65_HS1-834228961_62-HQ-83894_Section_3
Agency: FBI
Page 175
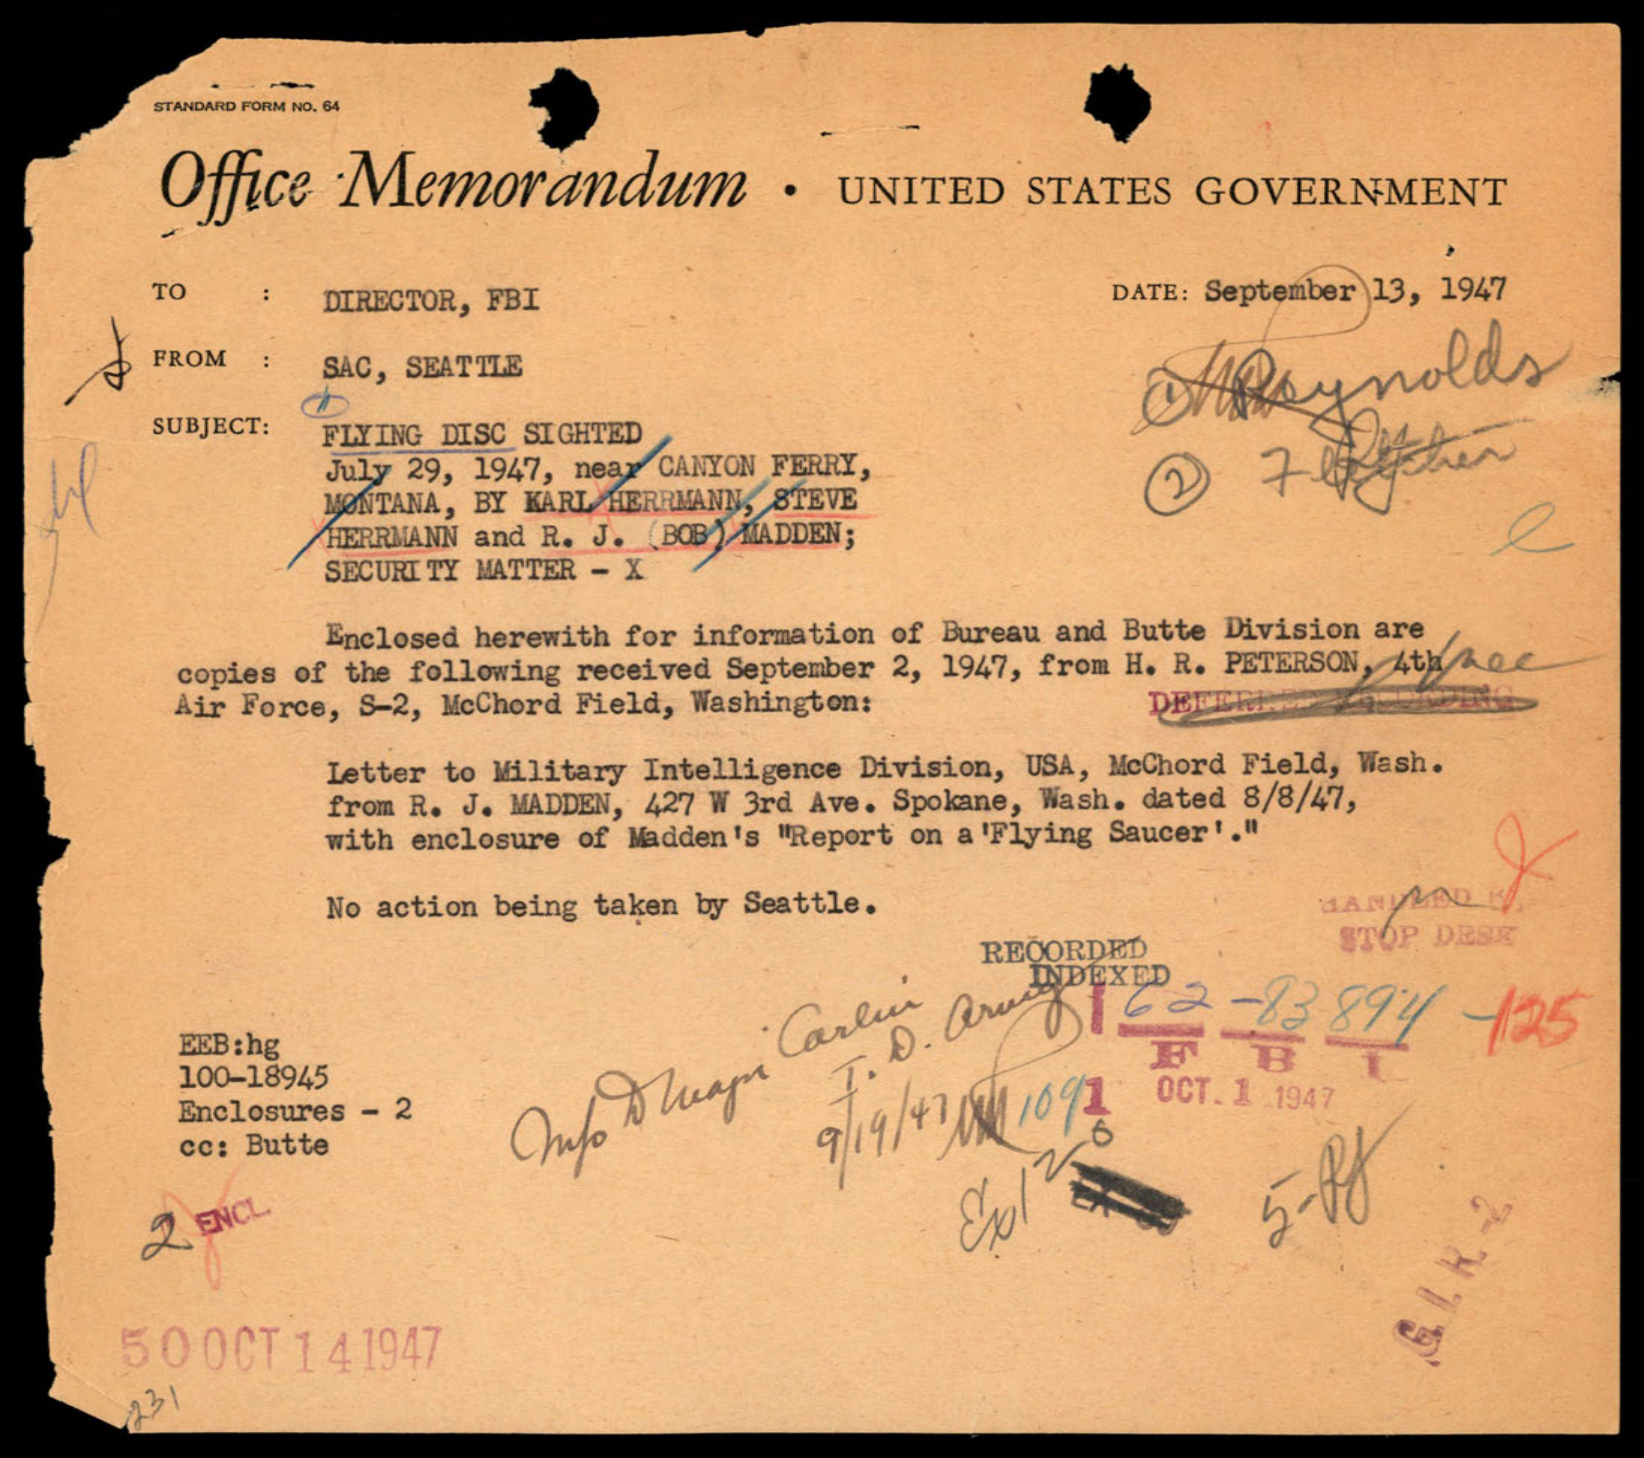